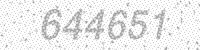
Solution: 644651